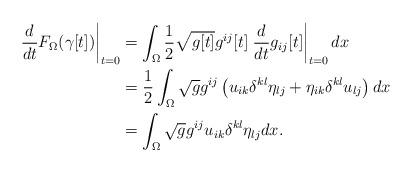
LaTeX: \begin{align*}\left. \frac{d}{dt}F_{\Omega}(\gamma\lbrack t])\right\vert _{t=0} &=\int_{\Omega}\frac{1}{2}\sqrt{g[t]}g^{ij}[t]\left. \frac{d}{dt}g_{ij}[t]\right\vert _{t=0}dx\\& =\frac{1}{2}\int_{\Omega}\sqrt{g}g^{ij}\left( u_{ik}\delta^{kl}\eta_{lj}+\eta_{ik}\delta^{kl}u_{lj}\right) dx\\& =\int_{\Omega}\sqrt{g}g^{ij}u_{ik}\delta^{kl}\eta_{lj}dx.\end{align*}